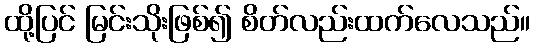
ထို့ပြင် မြင်းသိုးဖြစ်၍ စိတ်လည်းထက်လေသည်။